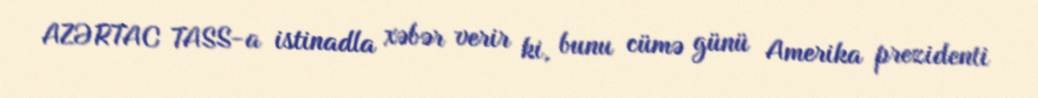
AZƏRTAC TASS-a istinadla xəbər verir ki, bunu cümə günü Amerika prezidenti